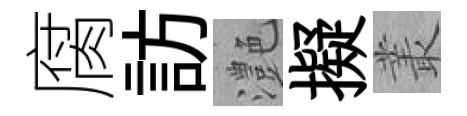
腐訪灔擬叢